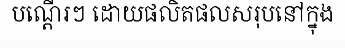
បណ្តើរៗ ដោយផលិតផលសរុបនៅក្នុង